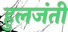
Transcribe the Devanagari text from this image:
हुलजंती